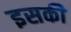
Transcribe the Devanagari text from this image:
इसकीे